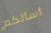
أسألكم